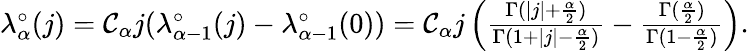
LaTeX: \begin{array}{r}{\lambda_{\alpha}^{\circ}(j)=\mathcal{C}_{\alpha}j(\lambda_{\alpha-1}^{\circ}(j)-\lambda_{\alpha-1}^{\circ}(0))=\mathcal{C}_{\alpha}j\left(\frac{\Gamma(|j|+\frac{\alpha}{2})}{\Gamma(1+|j|-\frac{\alpha}2)}-\frac{\Gamma(\frac{\alpha}{2})}{\Gamma(1-\frac{\alpha}2)}\right).}\end{array}